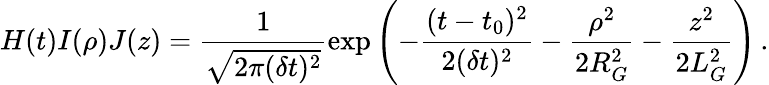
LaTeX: H(t)I(\rho)J(z)=\frac{1}{\sqrt{2\pi(\delta t)^{2}}}\exp\left(-\frac{(t-t_{0})^{2}}{2(\delta t)^{2}}-\frac{\rho^{2}}{2R_{G}^{2}}-\frac{z^{2}}{2L_{G}^{2}}\right)\, .